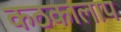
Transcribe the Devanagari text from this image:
कठकालाप